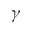
\gamma